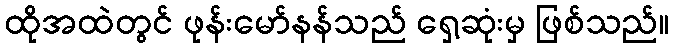
ထိုအထဲတွင် ဖုန်းမော်နန်သည် ရှေ့ဆုံးမှ ဖြစ်သည်။